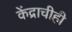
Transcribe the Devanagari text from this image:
केंद्राचीही